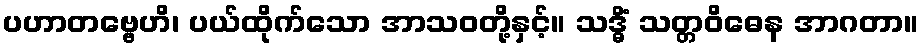
ပဟာတဗ္ဗေဟိ၊ ပယ်ထိုက်သော အာသဝတို့နှင့်။ သဒ္ဓိံ သတ္တဝိဓေန အာဂတာ။